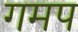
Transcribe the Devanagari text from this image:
गमप